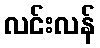
လင်းလန်